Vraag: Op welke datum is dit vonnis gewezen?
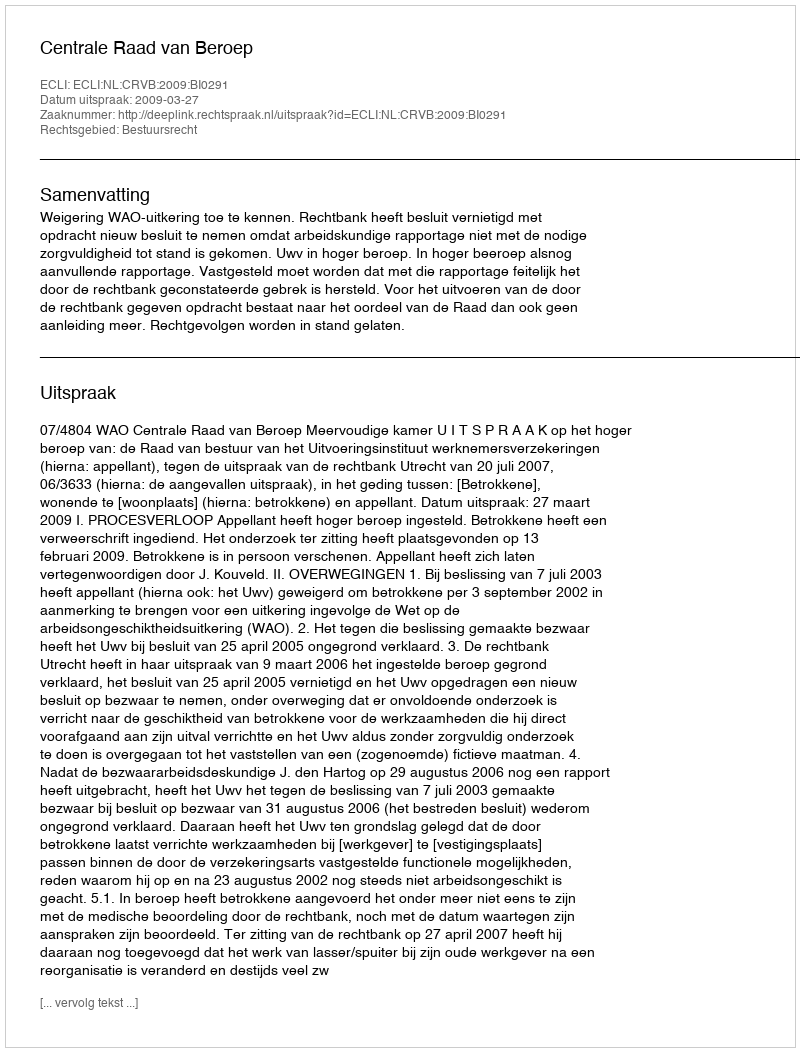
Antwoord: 2009-03-27